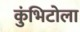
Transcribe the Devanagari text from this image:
कुंभिटोला